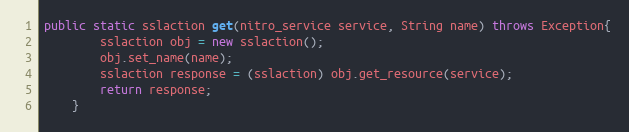
Language: Java
public static sslaction get(nitro_service service, String name) throws Exception{
		sslaction obj = new sslaction();
		obj.set_name(name);
		sslaction response = (sslaction) obj.get_resource(service);
		return response;
	}